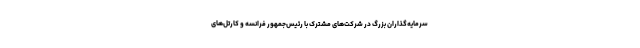
سرمایه‌گذاران بزرگ در شرکت‌های مشترک با رئیس‌جمهور فرانسه و کارتل‌های